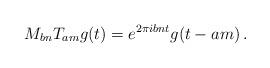
LaTeX: \begin{align*}M_{bn}T_{am}g(t) = e^{2\pi i bn t} g(t-am) \, .\end{align*}